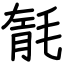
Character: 毻